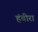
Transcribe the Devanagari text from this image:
हंबीरा